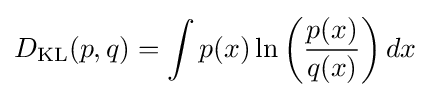
D_{\mathrm {KL} }(p,q)=\int p(x)\ln \left({\frac {p(x)}{q(x)}}\right)dx